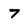
Character: 7